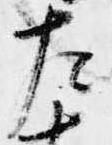
左